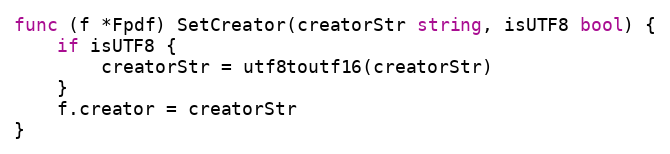
Language: Go
func (f *Fpdf) SetCreator(creatorStr string, isUTF8 bool) {
	if isUTF8 {
		creatorStr = utf8toutf16(creatorStr)
	}
	f.creator = creatorStr
}